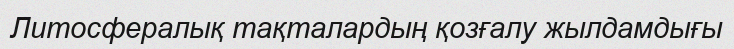
Литосфералық тақталардың қозғалу жылдамдығы